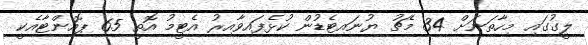
ލީގުގައި މިހާތަނަށް 34 މެޗު ޔުނައިޓެޑުން ކުޅެފައިވާއިރު އެޓީމު އޮތީ 65 ޕޮއިންޓާއެކީ